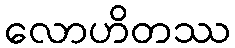
လောဟိတဿ